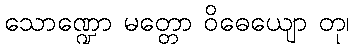
သောဏ္ဍော မတ္တော ဝိဓေယျော တု၊